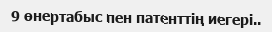
9 өнертабыс пен патенттің иегері..